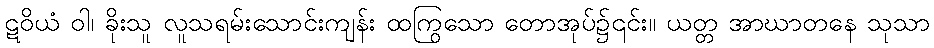
ဋဝိယံ ဝါ၊ ခိုးသူ လူသရမ်းသောင်းကျန်း ထကြွသော တောအုပ်၌၎င်း။ ယတ္တ အာဃာတနေ သုသာ